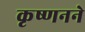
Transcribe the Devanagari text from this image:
कृष्णनने